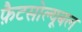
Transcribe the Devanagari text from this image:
फ़ैटसोल्यूबल